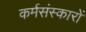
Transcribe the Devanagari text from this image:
कर्मसंस्कारों